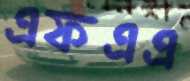
এফএএ